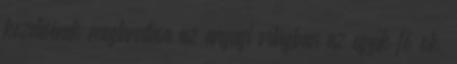
kezelésének megtanulása az anyagi világban az egyik fő ok,